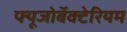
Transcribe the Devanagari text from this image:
फ्यूजोबॅक्टेरियम